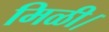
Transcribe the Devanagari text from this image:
मिळी।